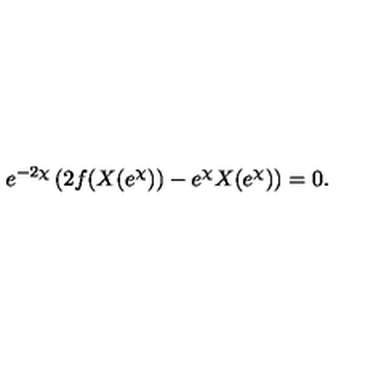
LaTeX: e ^ { - 2 \chi } \left( 2 f ( X ( e ^ { \chi } ) ) - e ^ { \chi } X ( e ^ { \chi } ) \right) = 0 .